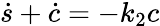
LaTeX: \dot{s}+\dot{c}=-k_{2}c